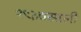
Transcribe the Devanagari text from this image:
१९३७साली